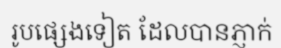
រូបផ្សេងទៀត ដែលបានភ្ញាក់